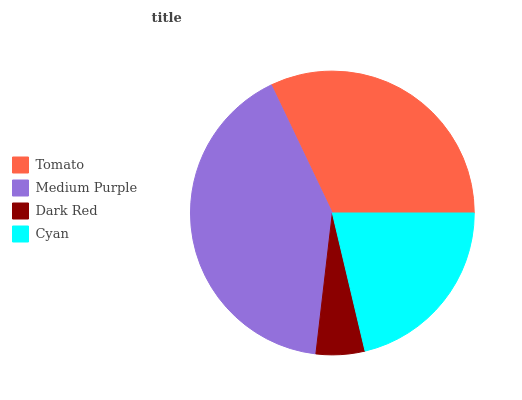
| Tomato | Medium Purple | Dark Red | Cyan |
 | --- | --- | --- | --- |
 | 32.1% | 41% | 5.55% | 21.3% |